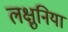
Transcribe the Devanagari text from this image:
लक्षुनिया